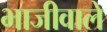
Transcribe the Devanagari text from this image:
भाजीवाले